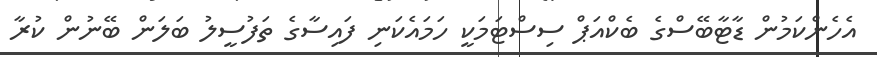
އެހެންކަމުން ޑާޓާބޭސްގެ ބެކްއަޕް ސިސްޓަމަކީ ހަމައެކަނި ފައިސާގެ ތަފުސީލު ބަލަން ބޭނުން ކުރާ